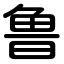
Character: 鲁